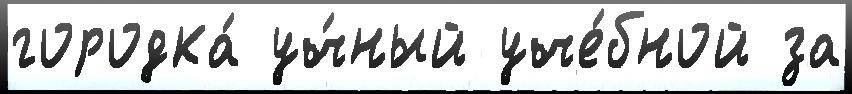
городка́ уч́ный уче́бной за